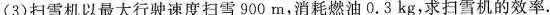
(3)扫雪机以最大行驶速度扫雪900m，消耗燃油0.3kg，求扫雪机的效率.